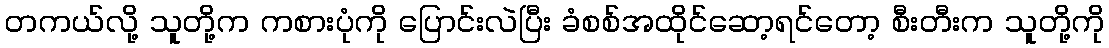
တကယ်လို့ သူတို့က ကစားပုံကို ပြောင်းလဲပြီး ခံစစ်အထိုင်ဆော့ရင်တော့ စီးတီးက သူတို့ကို